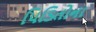
પિડિતોના